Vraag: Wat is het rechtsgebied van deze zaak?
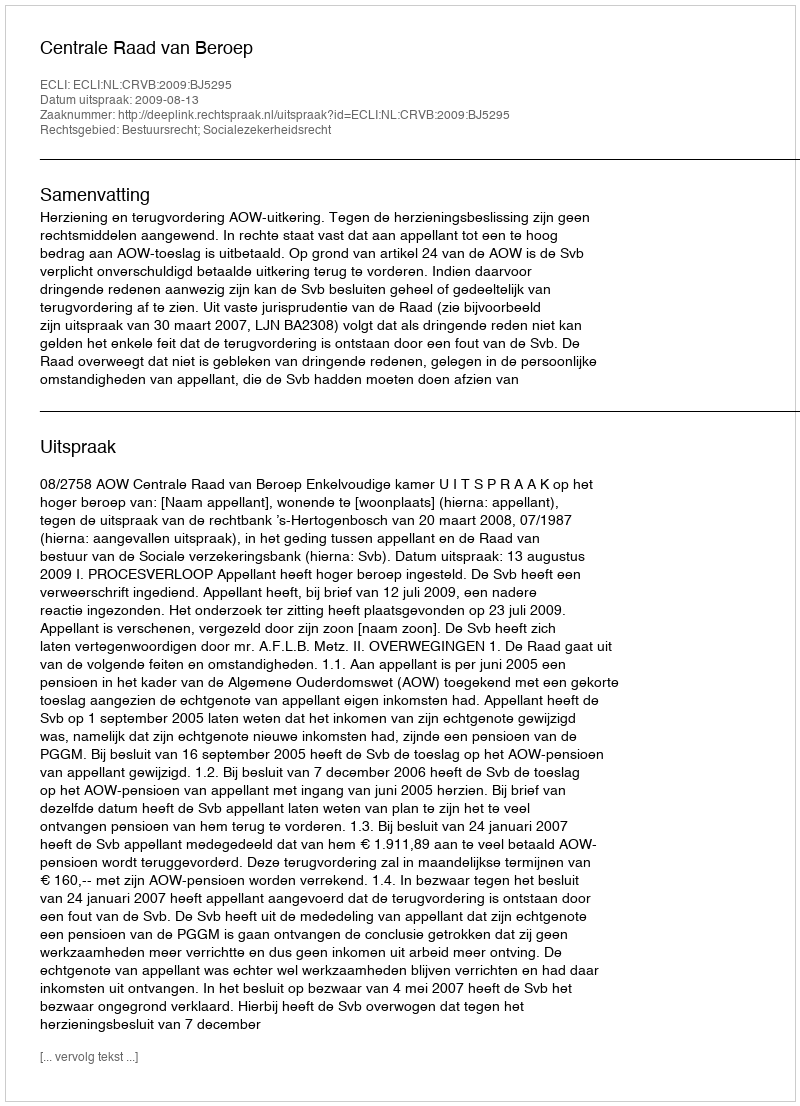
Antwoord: Bestuursrecht; Socialezekerheidsrecht